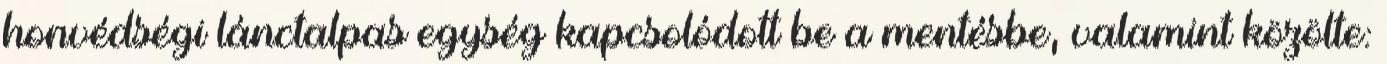
honvédségi lánctalpas egység kapcsolódott be a mentésbe, valamint közölte: